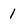
Character: 1